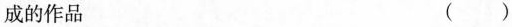
成的作品 ()